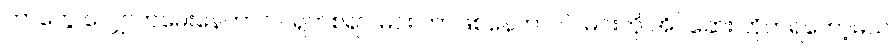
ဘာတွေ လျှောက်မေးနေတာလဲ၊ ရှက်စရာ၊ မင်း ဘာဖြစ်နေတာလဲ၊ မင်းကို အိပ်ဆေး တိုက်ရတော့မယ်